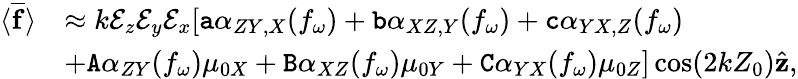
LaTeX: \begin{array}{rl}{\langle\overline{{\mathbf{f}}}\rangle}&{\approx k\mathcal{E}_{z}\mathcal{E}_{y}\mathcal{E}_{x}[\mathtt{a}\alpha_{ZY,X}(f_{\omega})+\mathtt{b}\alpha_{XZ,Y}(f_{\omega})+\mathtt{c}\alpha_{YX,Z}(f_{\omega})}\\ &{+\mathtt{A}\alpha_{ZY}(f_{\omega})\mu_{0X}+\mathtt{B}\alpha_{XZ}(f_{\omega})\mu_{0Y}+\mathtt{C}\alpha_{YX}(f_{\omega})\mu_{0Z}]\cos(2kZ_{0})\hat{\mathbf{z}},}\end{array}